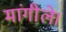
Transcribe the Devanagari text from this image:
मांगीले।